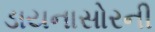
ડાયનાસોરની